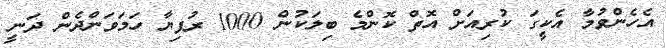
އެހެންވުމާ އެކީގަ ކުރިއަށް އޮތް ކޮންމެ ބިލަކުން 1000 ރުފިޔާ ހަމަވަންދެން ދަނީ